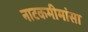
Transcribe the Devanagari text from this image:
नाटकमीमांसा